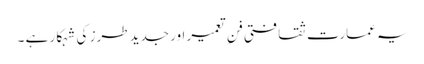
یہ عمارت ثقافتی فنِ تعمیر اور جدید طرز کی شہکار ہے ۔